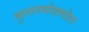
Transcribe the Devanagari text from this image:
कुनानपोशपोरा